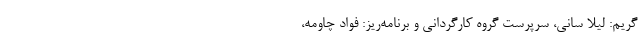
گریم: لیلا سانی، سرپرست گروه کارگردانی و برنامه‌ریز: فواد چاومه،